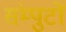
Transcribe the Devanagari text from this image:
संम्पुटों